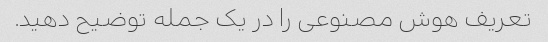
تعریف هوش مصنوعی را در یک جمله توضیح دهید.